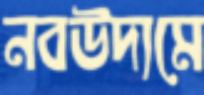
নবউদ্যমে